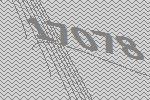
17078